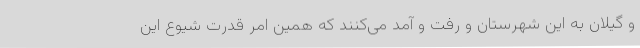
و گیلان به این شهرستان و رفت و آمد می‌کنند که همین امر قدرت شیوع این